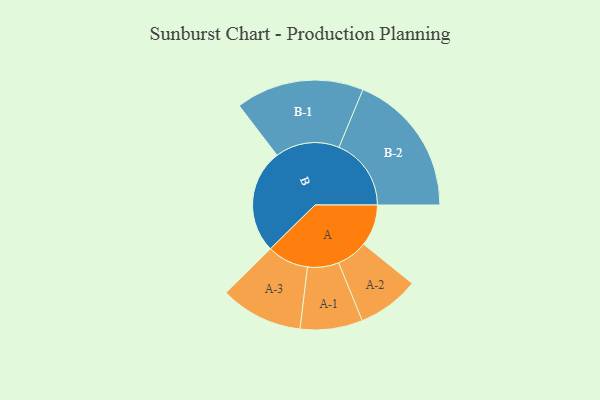
{"axis": {"x": "Segment", "y": "Value"}, "legend": ["", "A", "B"], "data": [{"x": "A", "y": 144, "type": ""}, {"x": "B", "y": 360, "type": ""}, {"x": "A-1", "y": 108, "type": "A"}, {"x": "A-2", "y": 107, "type": "A"}, {"x": "A-3", "y": 143, "type": "A"}, {"x": "B-1", "y": 222, "type": "B"}, {"x": "B-2", "y": 250, "type": "B"}]}